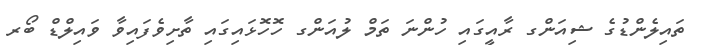
ތައިލެންޑުގެ ޝިއަންގ ރާއީގައި ހުންނަ ތަމް ލުއަންގ ހޮހޮޅައިގައި ތާށިވެފައިވާ ވައިލްޑް ބޯރ